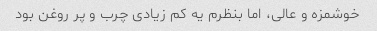
خوشمزه و عالی، اما بنظرم یه کم زیادی چرب و پر روغن بود